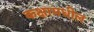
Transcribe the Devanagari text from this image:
कक्षामधील